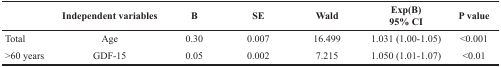
<table><thead><tr><td></td><td><b>Independent variables</b></td><td><b>B</b></td><td><b>SE</b></td><td><b>Wald</b></td><td><b>Exp(B)95% CI</b></td><td><b>P value</b></td></tr></thead><tbody><tr><td>Total</td><td>Age</td><td>0.30</td><td>0.007</td><td>16.499</td><td>1.031 (1.00-1.05)</td><td>&lt;0.001</td></tr><tr><td>&gt;60 years</td><td>GDF-15</td><td>0.05</td><td>0.002</td><td>7.215</td><td>1.050 (1.01-1.07)</td><td>&lt;0.01</td></tr></tbody></table>